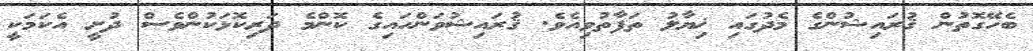
ބެހޭގޮތުން ޤުރައިޝުންގެ މެދުގައި ޚިޔާލު ތަފާތުވިއެވެ. ޤުރައިޝުވަންހައިގެ ކޮންމެ ދަރިކޮޅަކުންވެސް ދުށީ އެކަމަކީ